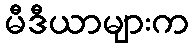
မီဒီယာများက